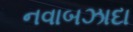
નવાબઝાદા